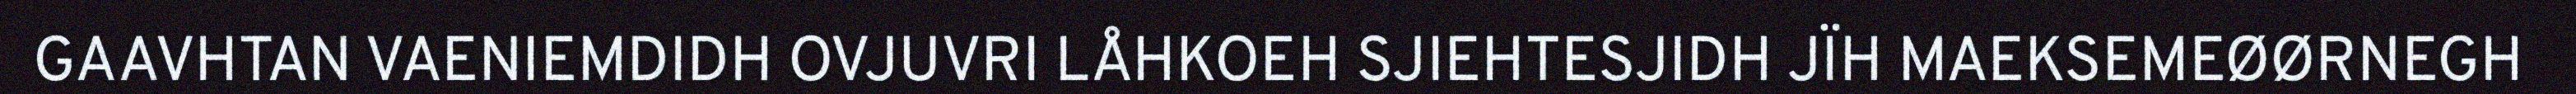
GAAVHTAN VAENIEMDIDH OVJUVRI LÅHKOEH SJIEHTESJIDH JÏH MAEKSEMEØØRNEGH